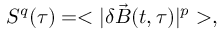
S ^ { q } ( \tau ) = < | \delta \vec { B } ( t , \tau ) | ^ { p } > ,